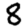
Digit: 8